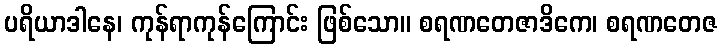
ပရိယာဒါနေ၊ ကုန်ရာကုန်ကြောင်း ဖြစ်သော။ စရဏတေဇာဒိကေ၊ စရဏတေဇ